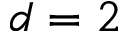
d = 2